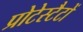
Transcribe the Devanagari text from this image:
प्रोटेस्टैटों